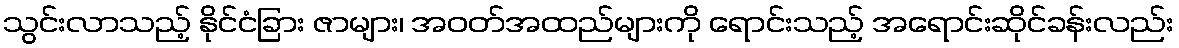
သွင်းလာသည့် နိုင်ငံခြား ဇာများ၊ အဝတ်အထည်များကို ရောင်းသည့် အရောင်းဆိုင်ခန်းလည်း